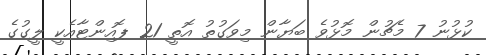
ކުޅުނު 7 މެޗުން މޮޅުވެ ބަޔާން މިވަގުތު އޮތީ 21 ޕޮއިންޓާއެކީ ލީގުގެ